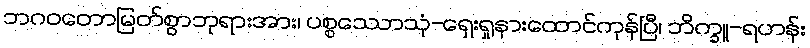
ဘဂဝတောမြတ်စွာဘုရားအား၊ ပစ္စဿောသုံ-ရှေးရှုနားထောင်ကုန်ပြီ၊ ဘိက္ခူ-ရဟန်း